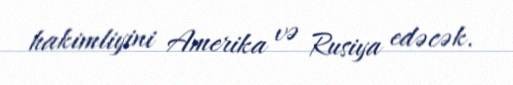
hakimliyini Amerika və Rusiya edəcək.